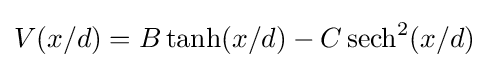
V(x/d)=B\operatorname {tanh} (x/d)-C\operatorname {sech} ^{2}(x/d)